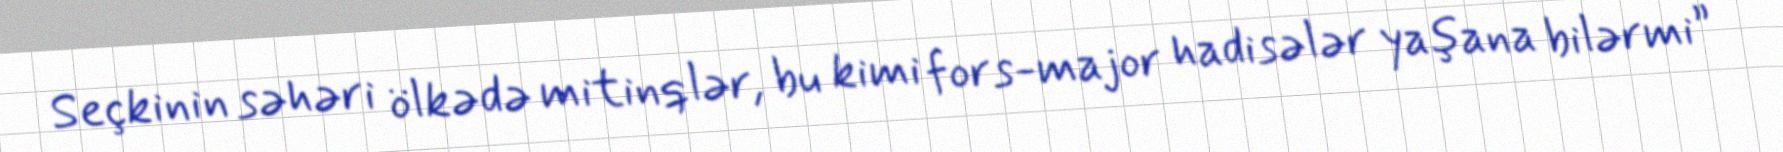
Seçkinin səhəri ölkədə mitinqlər, bu kimi fors-major hadisələr yaşana bilərmi”